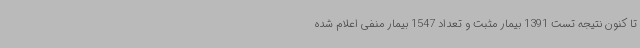
تا کنون نتیجه تست 1391 بیمار مثبت و تعداد 1547 بیمار منفی اعلام شده